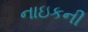
નાઇકની